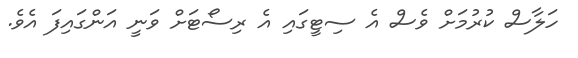
ހަލާސް ކުރުމަށް ވެސް އެ ސިޓީގައި އެ ރިސޯޓަށް ވަނީ އަންގައިފަ އެވެ.